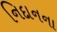
નિદાનના